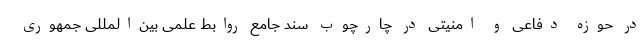
در حوزه دفاعی و امنیتی در چارچوب سند جامع روابط علمی بین‌المللی جمهوری